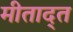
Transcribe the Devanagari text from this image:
मीताद्त